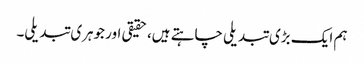
ہم ایک بڑی تبدیلی چاہتے ہیں، حقیقی اور جوہری تبدیلی۔